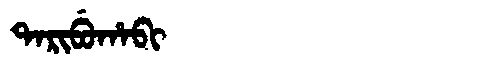
Manchu: ᡨᠠᡵᡳᠪᡠᡥᠠᠪᡳ
Romanization: TARIBUHABI